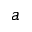
a